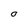
Character: O